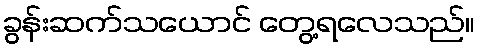
ခွန်းဆက်သယောင် တွေ့ရလေသည်။